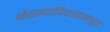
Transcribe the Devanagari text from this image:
श्रौतस्मार्तविचारसारचतुरो